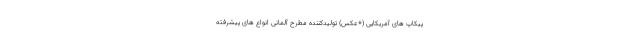
پیکاپ های آمریکایی (+عکس) تولیدکننده مطرح آلمانی انواع های پیشرفته